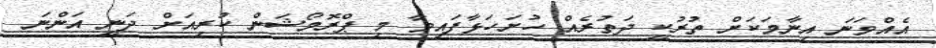
އެއްވަނަ އިނާމަކަށް ތުރުކީ ދަތުރެއް ހުށަހަޅާފައިވާ މި ޕްރޮމޯޝަން ކުރިއަށް ދަނީ އަންނަ